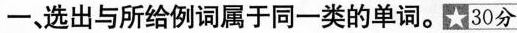
一、选出与所给例词属于同一类的单词。30分